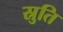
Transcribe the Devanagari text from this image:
स्रुति